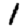
Digit: 1